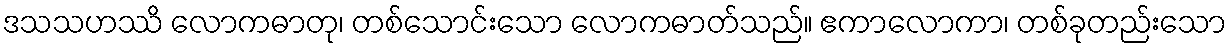
ဒသသဟဿိ လောကဓာတု၊ တစ်သောင်းသော လောကဓာတ်သည်။ ဧကာလောကာ၊ တစ်ခုတည်းသော